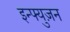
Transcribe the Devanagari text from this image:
इन्फ्युज़न